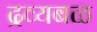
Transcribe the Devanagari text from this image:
द्रव्यबळ